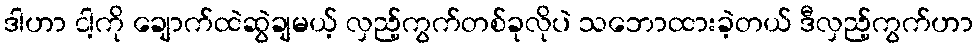
ဒါဟာ ငါ့ကို ချောက်ထဲဆွဲချမယ့် လှည့်ကွက်တစ်ခုလိုပဲ သဘောထားခဲ့တယ် ဒီလှည့်ကွက်ဟာ